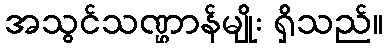
အသွင်သဏ္ဌာန်မျိုး ရှိသည်။